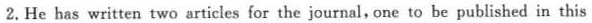
2.He has written two articies for the journal,one to be published in this